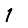
Digit: 1